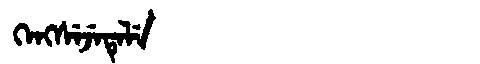
Manchu: ᡴᡝᠩᠰᡝᠵᡝᡨᡝᠯᡝ
Romanization: KENGSEJETELE